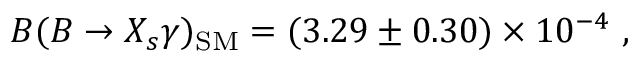
B ( B \to X _ { s } \gamma ) _ { \mathrm { S M } } = ( 3 . 2 9 \pm 0 . 3 0 ) \times 1 0 ^ { - 4 } \ ,